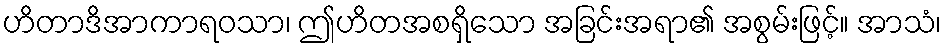
ဟိတာဒိအာကာရဝသာ၊ ဤဟိတအစရှိသော အခြင်းအရာ၏ အစွမ်းဖြင့်။ အာသံ၊